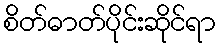
စိတ်ဓာတ်ပိုင်းဆိုင်ရာ